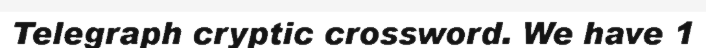
Telegraph cryptic crossword. We have 1